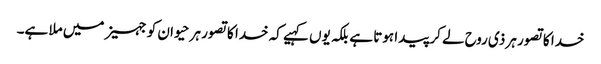
خدا کا تصور ہر ذی روح لے کر پیدا ہوتا ہے بلکہ یوں کہیے کہ خدا کا تصور ہر حیوان کو جہیز میں ملا ہے۔